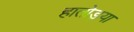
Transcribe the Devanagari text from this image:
हातोड्या